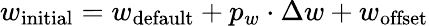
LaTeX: w_{\mathrm{initial}}=w_{\mathrm{default}}+p_{w}\cdot\Delta w+w_{\mathrm{offset}}